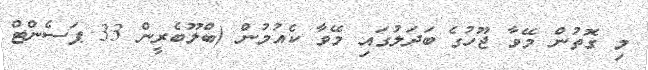
މި ގޮތުން މޭވާ ޖޫހުގެ ބަދަލުގައި މޭވާ ކެއުމުން (ބްލޫބެރީން 33 ޕަސެންޓް